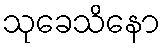
သုခေသိနော